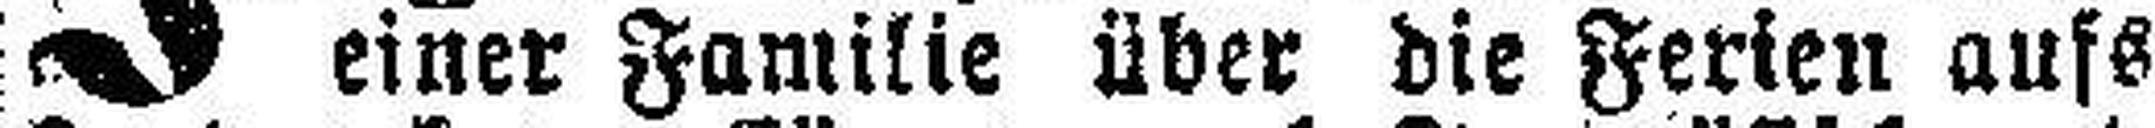
einer Familie über die Ferien aufs